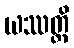
ယဿတ္ထိ